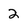
Character: 2